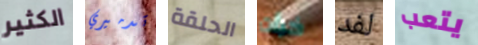
الكثير تدميري الحلقة خبأت لفد يتعب